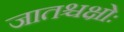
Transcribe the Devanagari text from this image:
जातश्चक्षोः